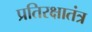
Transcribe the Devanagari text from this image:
प्रतिरक्षातंत्र